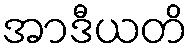
အာဒီယတိ